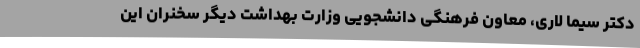
دکتر سیما لاری، معاون فرهنگی دانشجویی وزارت بهداشت دیگر سخنران این